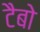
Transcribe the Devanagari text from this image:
टैबो